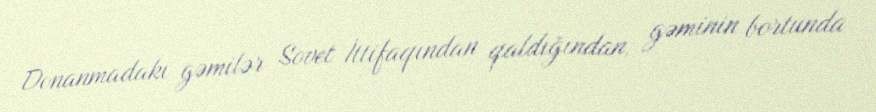
Donanmadakı gəmilər Sovet İttifaqından qaldığından, gəminin bortunda